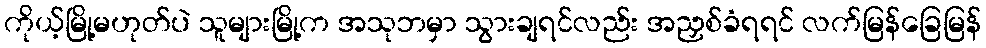
ကိုယ့်မြို့မဟုတ်ပဲ သူများမြို့က အသုဘမှာ သွားချရင်လည်း အညှစ်ခံရရင် လက်မြန်ခြေမြန်